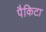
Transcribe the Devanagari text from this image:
पैकिटा